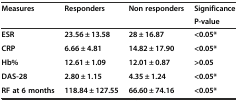
| <ROWSPAN=2> Measures | <ROWSPAN=2> Responders | <ROWSPAN=2> Non responders | Significance |
 | P-value |
 | --- | --- | --- | --- |
 | ESR | 23.56 ± 13.58 | 28 ± 16.87 | <0.05* |
 | CRP | 6.66 ± 4.81 | 14.82 ± 17.90 | <0.05* |
 | Hb% | 12.61 ± 1.09 | 12.01 ± 0.87 | >0.05 |
 | DAS-28 | 2.80 ± 1.15 | 4.35 ± 1.24 | <0.05* |
 | RF at 6 months | 118.84 ± 127.55 | 66.60 ± 74.16 | <0.05* |